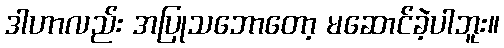
ဒါဟာလည်း အပြုသဘောတော့ မဆောင်ခဲ့ပါဘူး။